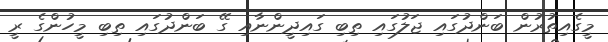
މީގެއިތުރުން ބަންދުގައި ޖަލުގައި ތިބި ގައިދީންނާއި ގޭ ބަންދުގައި ތިބި މީހުންގެ ރީ